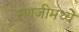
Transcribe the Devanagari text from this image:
रणजीमध्ये